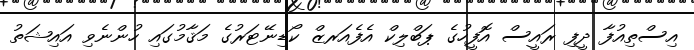
އިސްތިއުފާ ދީފި ރައީސް އޮފީހުގެ ޕަބްލިކް އެފެއަރޒް ކޯޑިނޭޓަރުގެ މަޤާމުގައި ހުންނެވި އައިޝަތު